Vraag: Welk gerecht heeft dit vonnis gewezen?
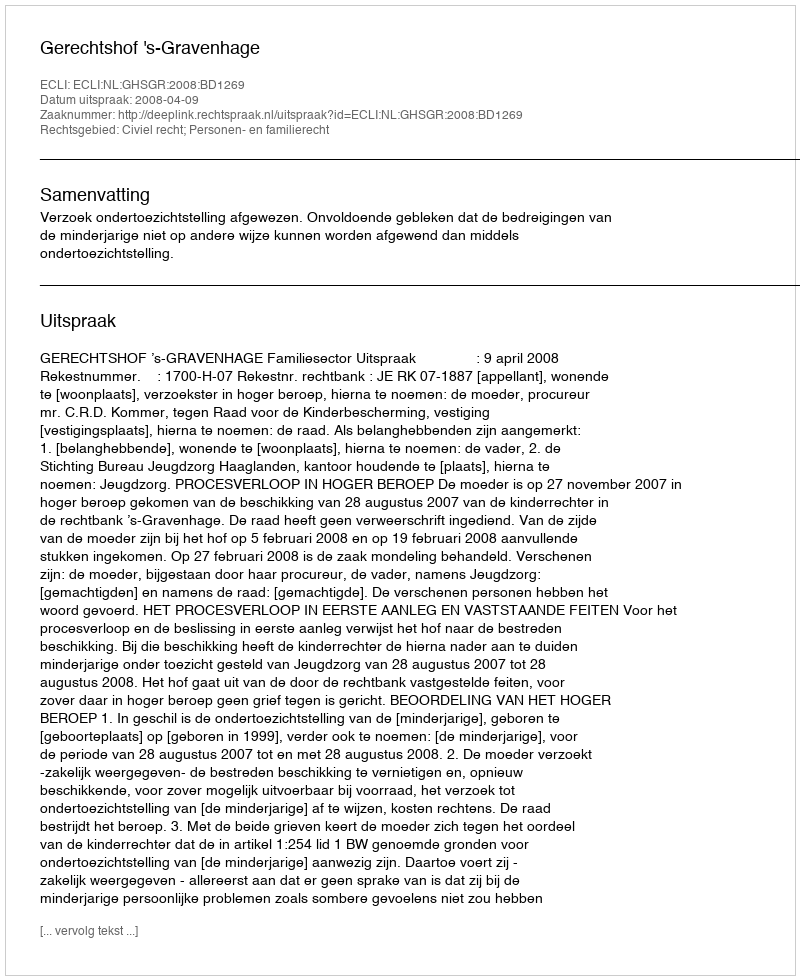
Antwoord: Gerechtshof 's-Gravenhage